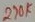
Text: 270K